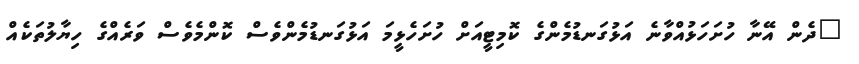
"ދެން އޭނާ ހުށަހަޅުއްވާނެ އަޅުގަނޑުމެންގެ ކޮމިޓީއަށް ހުށަހެޅީމަ އަޅުގަނޑުމެންވެސް ކޮންމެވެސް ވަރެއްގެ ހިޔާލުތަކެއް